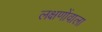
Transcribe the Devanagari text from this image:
लक्षणोंवाला